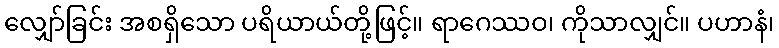
လျှော်ခြင်း အစရှိသော ပရိယာယ်တို့ဖြင့်။ ရာဂေဿဝ၊ ကိုသာလျှင်။ ပဟာနံ၊